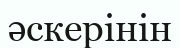
әскерінін